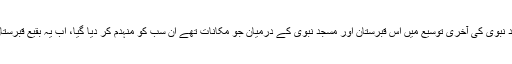
اس کے ارد گرد مکانات اور باغات تھے اور مسجد نبوی کی آخری توسیع میں اس قبرستان اور مسجد نبوی کے درمیان جو مکانات تھے ان سب کو منہدم کر دیا گیا، اب یہ بقیع قبرستان مسجد نبوی کے خارجی صحن سے مل چکا ہے۔